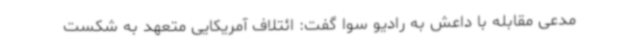
مدعی مقابله با داعش به رادیو سوا گفت: ائتلاف آمریکایی متعهد به شکست